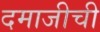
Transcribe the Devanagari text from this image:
दमाजीची